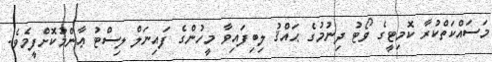
މަސައްކަތްކުރާ ކޮމިޓީގެ ވޯޓު ދިނުމުގެ ޙައްޤު ލިބިފައިވާ މީހުންގެ ފައިނަލް ލިސްޓު ޢާންމުކޮށްފީމެވެ.